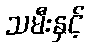
သမီးနှင့်